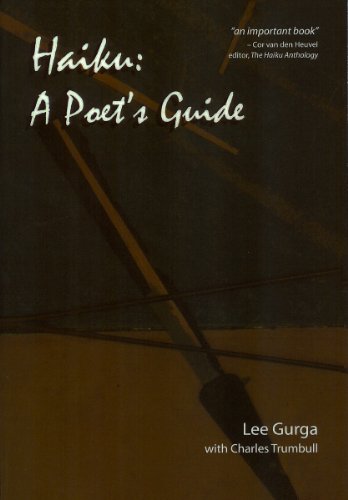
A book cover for Haiku: A Poet's Guide; Lee Gurga; Literature & Fiction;